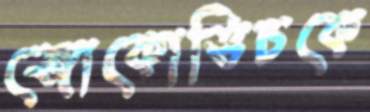
জোকোভিচকে